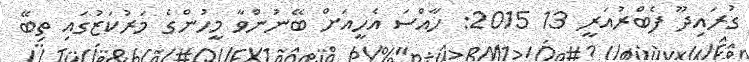
ގުރައިދޫ ފެބްރުއަރީ 13 2015: ހާއްސަ އެހީއަށް ބޭނުންވާ މީހުންގެ މަރުކަޒުގައި ތިބޭ